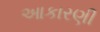
આકારણી